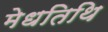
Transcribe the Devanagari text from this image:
मेधतिथि